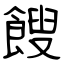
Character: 餿